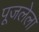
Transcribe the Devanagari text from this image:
पूजलेला